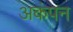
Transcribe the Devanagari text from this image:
अकंपन